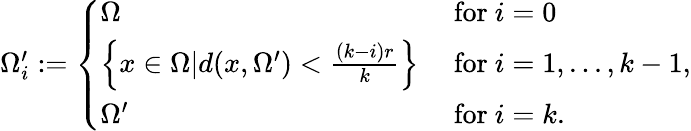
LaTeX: \begin{array}{r}{\Omega_{i}^{\prime}:=\left\{ \begin{array}{ll}{\Omega}&{\mathrm{~for~}i=0}\\ {\left\{ x\in\Omega|d(x,\Omega^{\prime})<\frac{(k-i)r}{k}\right\} }&{\mathrm{~for~}i=1,...,k-1,}\\ {\Omega^{\prime}}&{\mathrm{~for~}i=k.}\end{array}\right.}\end{array}